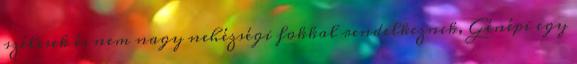
szélesek és nem nagy nehézségi fokkal rendelkeznek, Génépi egy